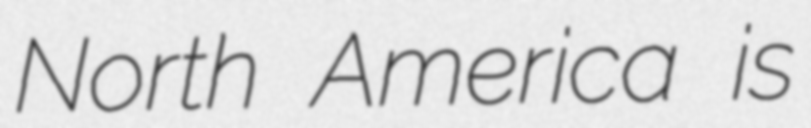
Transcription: North America is